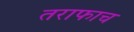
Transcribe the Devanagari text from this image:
तराफाच